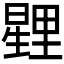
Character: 𭧰